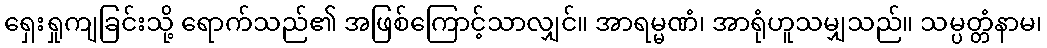
ရှေးရှုကျခြင်းသို့ ရောက်သည်၏ အဖြစ်ကြောင့်သာလျှင်။ အာရမ္မဏံ၊ အာရုံဟူသမျှသည်။ သမ္ပတ္တံနာမ၊